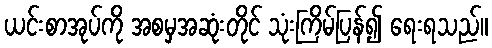
ယင်းစာအုပ်ကို အစမှအဆုံးတိုင် သုံးကြိမ်ပြန်၍ ရေးရသည်။